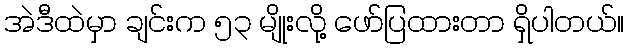
အဲဒီထဲမှာ ချင်းက ၅၃ မျိုးလို့ ဖော်ပြထားတာ ရှိပါတယ်။